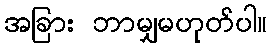
အခြား ဘာမျှမဟုတ်ပါ။